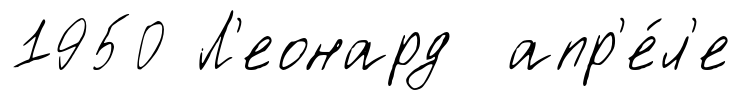
1950 Л'еонард апр'е́л'е